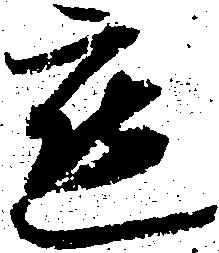
懇